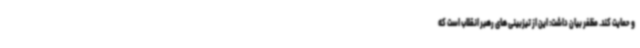
و حمایت کند. مظفر بیان داشت: این از تیزبینی های رهبر انقلاب است که